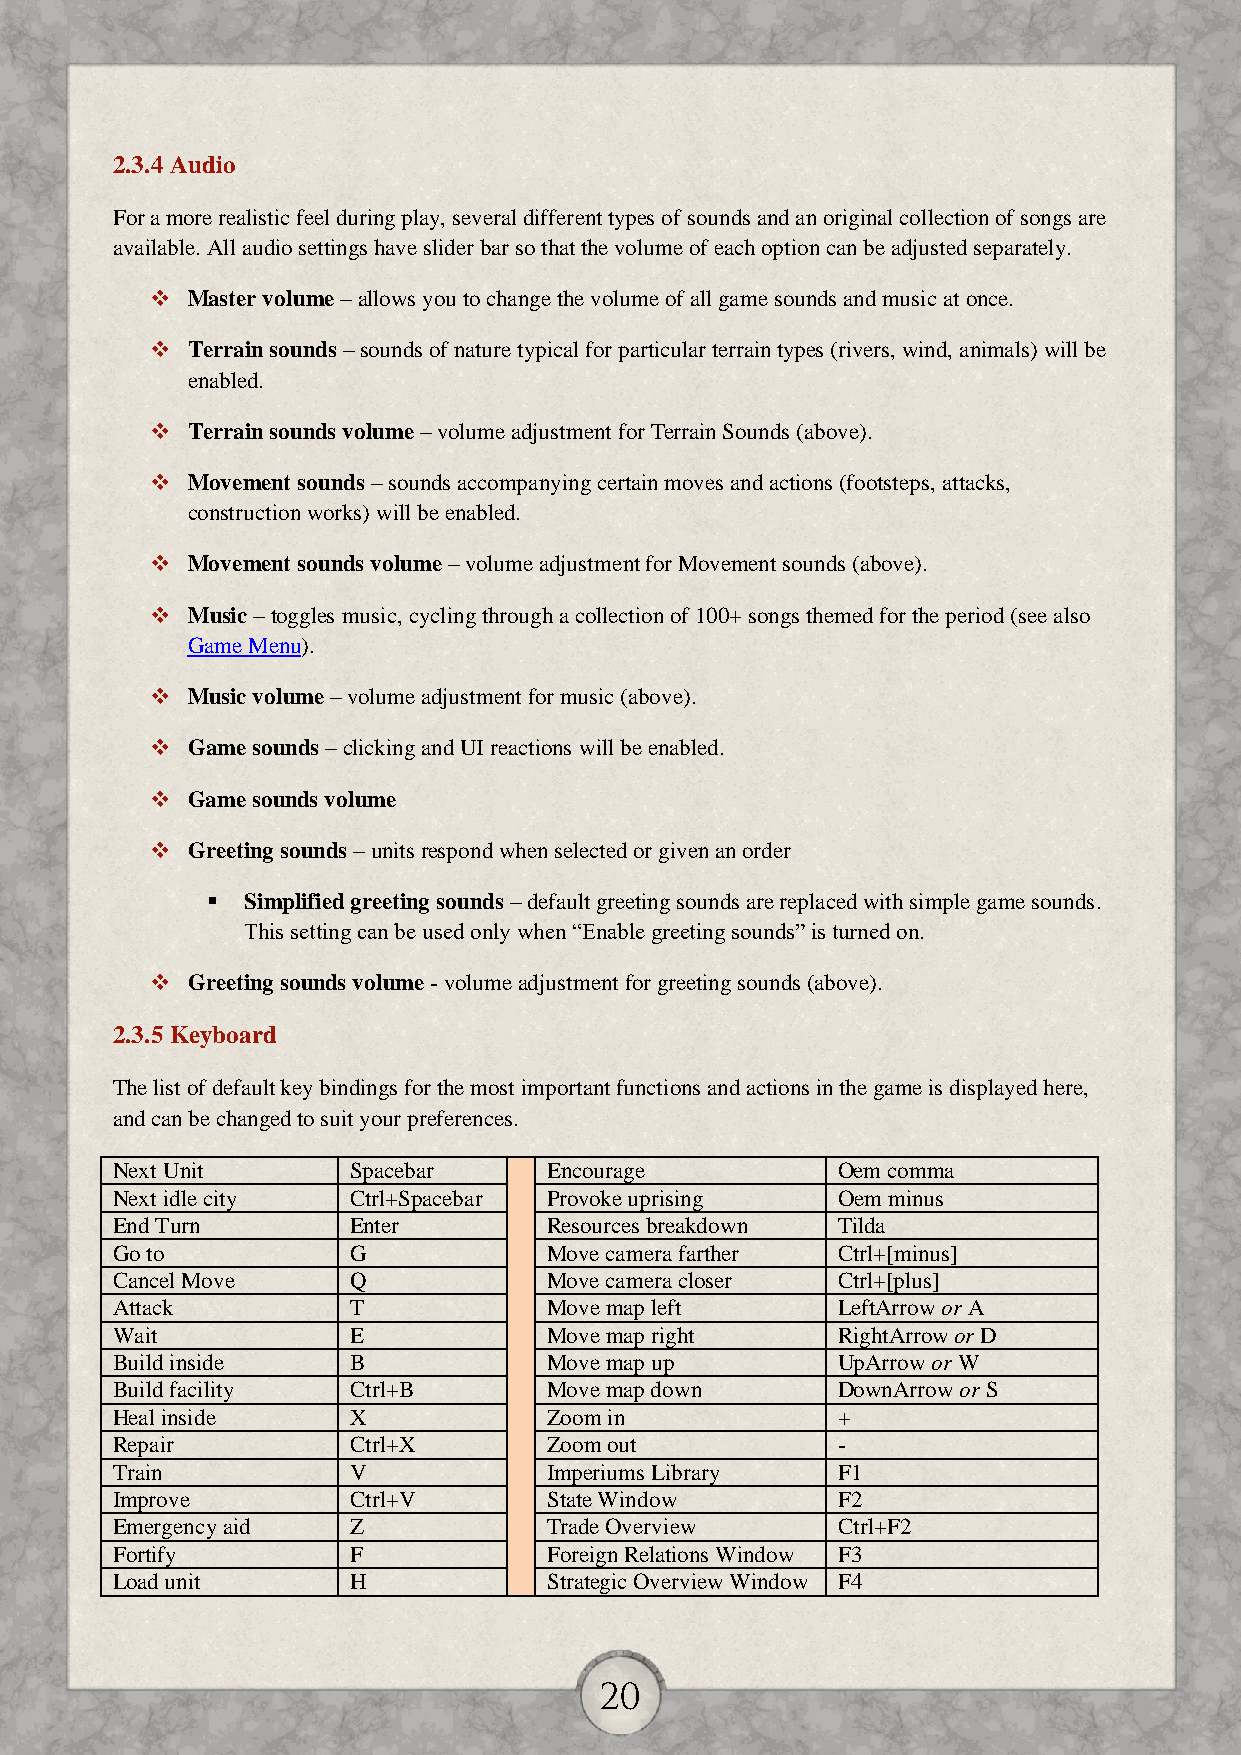
2.3.4 Audio
 For a more realistic feel during play, several different types of sounds and an original collection of songs are
 available. All audio settings have slider bar so that the volume of each option can be adjusted separately.
  Master volume – allows you to change the volume of all game sounds and music at once.
  Terrain sounds – sounds of nature typical for particular terrain types (rivers, wind, animals) will be
 enabled.
  Terrain sounds volume – volume adjustment for Terrain Sounds (above).
  Movement sounds – sounds accompanying certain moves and actions (footsteps, attacks,
 construction works) will be enabled.
  Movement sounds volume – volume adjustment for Movement sounds (above).
  Music – toggles music, cycling through a collection of 100+ songs themed for the period (see also
 Game Menu).
  Music volume – volume adjustment for music (above).
  Game sounds – clicking and UI reactions will be enabled.
  Game sounds volume
  Greeting sounds – units respond when selected or given an order
  Simplified greeting sounds – default greeting sounds are replaced with simple game sounds.
 This setting can be used only when “Enable greeting sounds” is turned on.
  Greeting sounds volume - volume adjustment for greeting sounds (above).
 2.3.5 Keyboard
 The list of default key bindings for the most important functions and actions in the game is displayed here,
 and can be changed to suit your preferences.
 Next Unit       Spacebar     Encourage          Oem comma
 Next idle city  Ctrl+Spacebar Provoke uprising  Oem minus
 End Turn        Enter        Resources breakdown Tilda
 Go to           G            Move camera farther Ctrl+[minus]
 Cancel Move     Q            Move camera closer Ctrl+[plus]
 Attack          T            Move map left      LeftArrow or A
 Wait            E            Move map right     RightArrow or D
 Build inside    B            Move map up        UpArrow or W
 Build facility  Ctrl+B       Move map down      DownArrow or S
 Heal inside     X            Zoom in            +
 Repair          Ctrl+X       Zoom out           -
 Train           V            Imperiums Library  F1
 Improve         Ctrl+V       State Window       F2
 Emergency aid   Z            Trade Overview     Ctrl+F2
 Fortify         F            Foreign Relations Window F3
 Load unit       H            Strategic Overview Window F4
 20